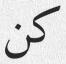
كن